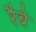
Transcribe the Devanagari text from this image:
रैबे